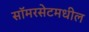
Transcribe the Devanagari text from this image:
सॉमरसेटमधील